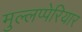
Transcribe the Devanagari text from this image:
मुल्लप्पेरियार